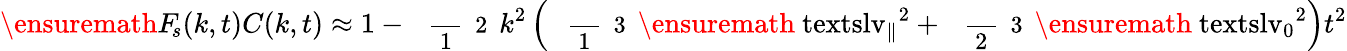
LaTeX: \ensuremath{F_{\! s}}(k,t)C(k,t)\approx 1-\mathrm{~\small~\displaystyle~\frac~{~1~}~{~2~}~}k^{2}\left(\mathrm{~\small~\displaystyle~\frac~{~1~}~{~3~}~}\ensuremath{\mathrm{\ textsl{v}}_{\parallel}}^{2}+\mathrm{~\small~\displaystyle~\frac~{~2~}~{~3~}~}\ensuremath{\mathrm{\ textsl{v}}_{0}}^{2}\right)t^{2}